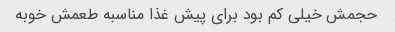
حجمش خیلی کم بود برای پیش غذا مناسبه طعمش خوبه